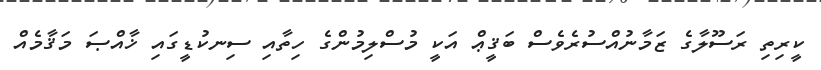
ކީރިތި ރަސޫލާގެ ޒަމާނުއްސުރެވެސް ބަޤީޢް އަކީ މުސްލިމުންގެ ހިތާއި ސިނކުޑީގައި ޚާއްޞަ މަޤާމެއް